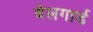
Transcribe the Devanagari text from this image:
बेलगार्ड